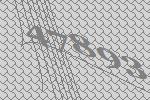
47893